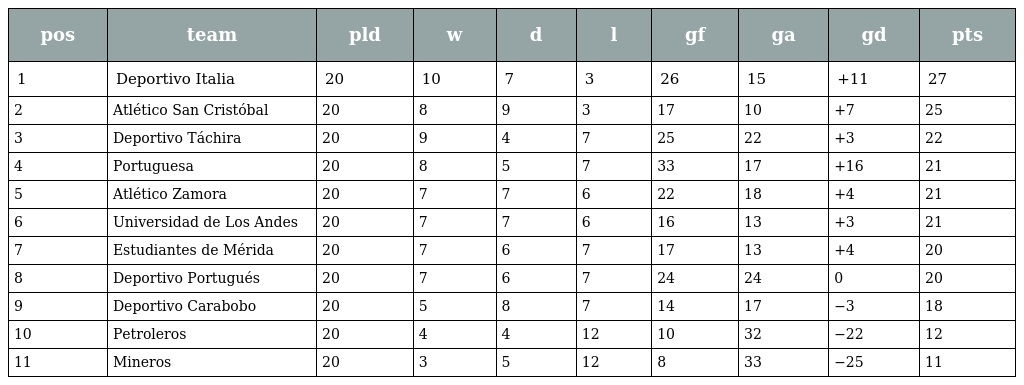
| pos | team | pld | w | d | l | gf | ga | gd | pts |
 | --- | --- | --- | --- | --- | --- | --- | --- | --- | --- |
 | 1 | Deportivo Italia | 20 | 10 | 7 | 3 | 26 | 15 | +11 | 27 |
 | 2 | Atlético San Cristóbal | 20 | 8 | 9 | 3 | 17 | 10 | +7 | 25 |
 | 3 | Deportivo Táchira | 20 | 9 | 4 | 7 | 25 | 22 | +3 | 22 |
 | 4 | Portuguesa | 20 | 8 | 5 | 7 | 33 | 17 | +16 | 21 |
 | 5 | Atlético Zamora | 20 | 7 | 7 | 6 | 22 | 18 | +4 | 21 |
 | 6 | Universidad de Los Andes | 20 | 7 | 7 | 6 | 16 | 13 | +3 | 21 |
 | 7 | Estudiantes de Mérida | 20 | 7 | 6 | 7 | 17 | 13 | +4 | 20 |
 | 8 | Deportivo Portugués | 20 | 7 | 6 | 7 | 24 | 24 | 0 | 20 |
 | 9 | Deportivo Carabobo | 20 | 5 | 8 | 7 | 14 | 17 | −3 | 18 |
 | 10 | Petroleros | 20 | 4 | 4 | 12 | 10 | 32 | −22 | 12 |
 | 11 | Mineros | 20 | 3 | 5 | 12 | 8 | 33 | −25 | 11 |